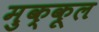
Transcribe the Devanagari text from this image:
मुक्कूल